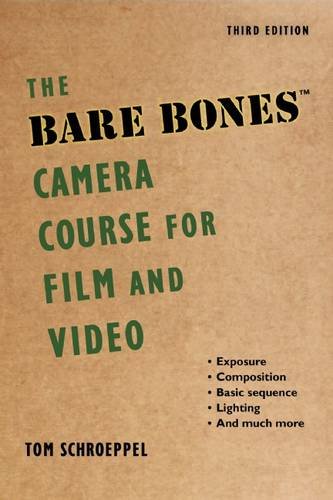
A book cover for The Bare Bones Camera Course for Film and Video; Tom Schroeppel; Arts & Photography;